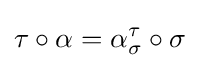
\tau \circ \alpha =\alpha _{\sigma }^{\tau }\circ \sigma